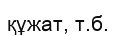
құжат, т.б.